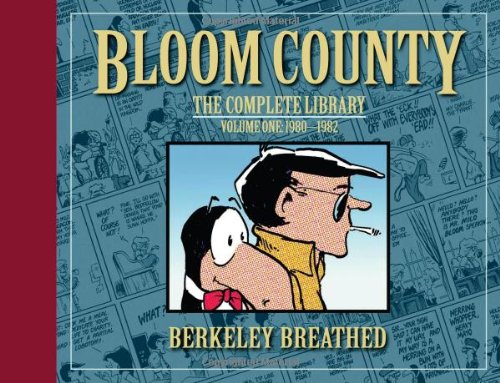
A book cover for Bloom County: The Complete Library, Vol. 1: 1980-1982; Berkeley Breathed; Comics & Graphic Novels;